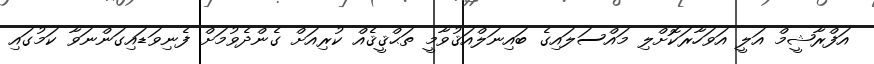
އަފްރާޝީމް އަލީ އަވަހާރަކޮށްލި މައްސަލައިގެ ބައިނަލްއަޤުވާމީ ތަޙްޤީޤެއް ކުރިއަށް ގެންދެވުމަށް ފެނިވަޑައިގަންނަވާ ކަމުގައި